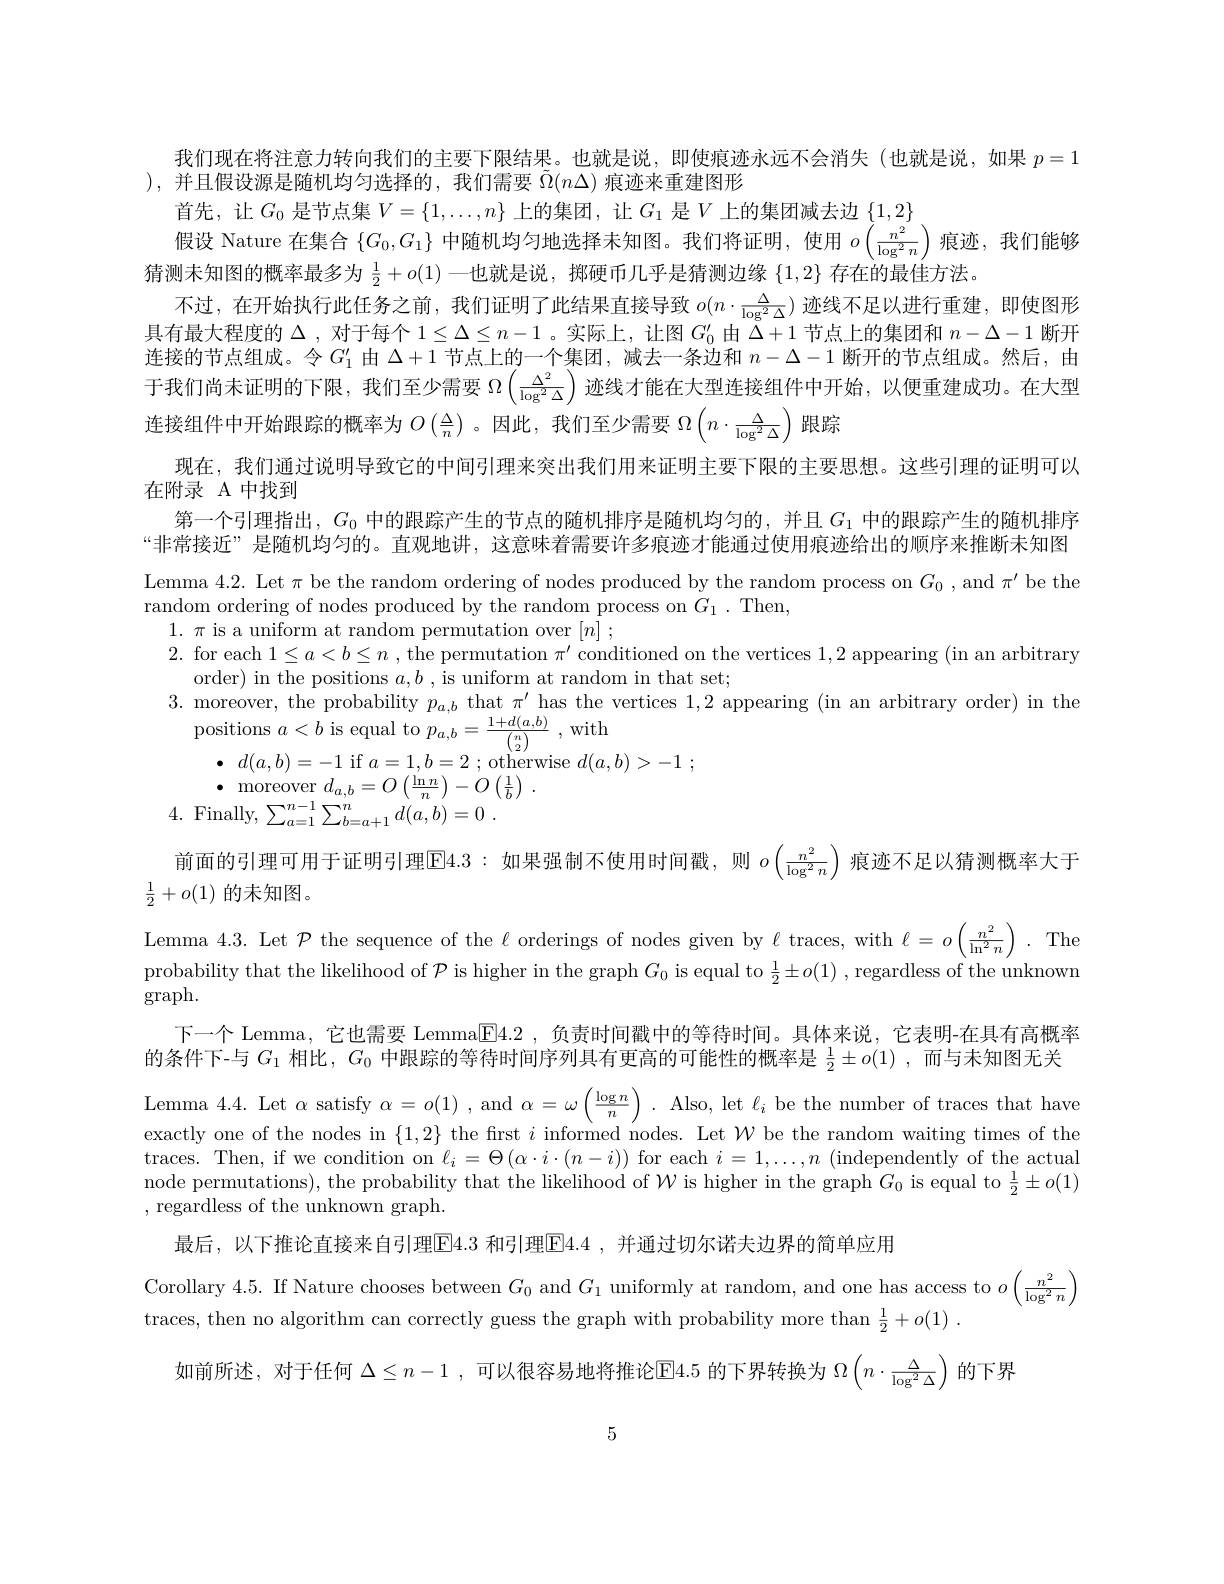
首先，让$G_0$是节点集$V=\{1,\ldots,n\}$上的集团，让$G_1$是$V$上的集团减去边$\{1,2\}$
<FigureHere>
猜测未知图的概率最多为$\frac12+o(1)$一也就是说，掷硬币几乎是猜测边缘$\{1,2\}$存在的最佳方法。

我们现在将注意力转向我们的主要下限结果。也就是说，即使痕迹永远不会消失(也就是说，如果$p=1$
),并且假设源是随机均匀选择的，我们需要$\tilde{\Omega}(n\Delta)$痕迹来重建图形
$\{G_0,G_1\}$
不过，在开始执行此任务之前，我们证明了此结果直接导致$o(n\cdot\frac\Delta{\log^2\Delta})$迹线不足以进行重建，即使图形具有最大程度的$\Delta$ ,对于每个$1\leq\Delta\leq n-1$ 。实际上，让图$G_0^{\prime}$由$\Delta+1$节点上的集团和$n-\Delta-1$断开连接的节点组成。令$G_1^\prime$由$\Delta+1$节点上的一个集团，减去一条边和 $n-\Delta-1$ 断开的节点组成。然后，由于我们尚未证明的下限，我们至少需要$\Omega\left(\frac{\Delta^2}{\log^2\Delta}\right)$迹线才能在大型连接组件中开始，以便重建成功。在大型连接组件中开始跟踪的概率为$O\left(\frac{\Delta}{n}\right)$。因此，我们至少需要 $\Omega\left(n\cdot\frac{\Delta}{\log^2\Delta}\right)$ 跟踪
现在，我们通过说明导致它的中间引理来突出我们用来证明主要下限的主要思想。这些引理的证明可以
在附录 A 中找到
第一个引理指出，$G_0$中的跟踪产生的节点的随机排序是随机均匀的，并且$G_1$中的跟踪产生的随机排序“非常接近”是随机均匀的。直观地讲，这意味着需要许多痕迹才能通过使用痕迹给出的顺序来推断未知图Lemma 4.2. Let $\pi$ be the random ordering of nodes produced by the random process on $G_0$, and $\pi^\prime$ be the random ordering of nodes produced by the random process on $G_1.$Then
$1.\pi$ is a uniform at random permutation over $[n];$
2. for each $1\leq a<b\leq n$ , the permutation $\pi^\prime$ conditioned on the vertices 1,2 appearing (in an arbitrary
order) in the positions $a,b$ , is uniform at random in that set;
3. moreover, the probability $p_{a,b}$ that $\pi^\prime$ has the vertices 1,2 appearing (in an arbitrary order) in the
$\begin{array}{c}{\mathrm{morcover,~onc~proouonnoy~}Pa,b~ornov~nonc~}\\{\mathrm{positions~}a<b~\mathrm{is~equal~to~}p_{a,b}=\frac{1+d(a,b)}{\binom{n}{2}}~,~\mathrm{with}}\\{\mathrm{mositions~}a<b~\mathrm{is~equal~to~}p_{a,b}=\frac{1+d(a,b)}{\binom{n}{2}}~,~\mathrm{with}}\\{\mathrm{mositions~}a<b~\mathrm{mequal~to~}p_{a,b}=\frac{1+d(a,b)}{\binom{n}{2}}~,~\mathrm{wi}}\end{array}$
$\begin{array}{ll}\bullet&d(a,b)=-1\text{ if }a=1,b=2\:;\text{otherwise }d(a,b)>-1\:;\\\bullet&\text{moreover }d_{a,b}=O\left(\frac{\ln n}{n}\right)-O\left(\frac{1}{b}\right)\:.\end{array}$
4. Finally,$\sum _a= 1^{n- 1}\sum _{b= a+ 1}^{n}d( a, b) = 0$ .

前面的引理可用于证明引理$\boxed{\mathrm{E}}4.3:$如果强制不使用时间戳，则$o\left(\frac{n^2}{\log^2n}\right)$痕迹不足以猜测概率大于

Lemma 4.3. Let $\mathcal{P}$ the sequence of the $\ell$ orderings of nodes given by $\ell$ traces, with $\ell=o\left(\frac{n^2}{\ln^2n}\right).$ The

$\frac{1}{2}+o(1)$的未知图。
probability that the likelihood of $\mathcal{P}$ is higher in the graph $G_0$ is equal to $\frac12\pm o(1)$ , regardless of the unknown
$\operatorname{graph}.$
下一个 Lemma, 它也需要 Lemma$\boxed{4.2}$,负责时间戳中的等待时间。具体来说，它表明-在具有高概率的条件下-与$G_1$相比，$G_0$中跟踪的等待时间序列具有更高的可能性的概率是$\frac12\pm o(1)$,而与未知图无关Lemma 4.4. Let $\alpha$ satisfy $\alpha=o(1)$ , and $\alpha=\omega\left(\frac{\log n}{n}\right).$ Also, let $\ell_i$ be the number of traces that have exactly one of the nodes in $\{1,2\}$ the frst $i$ informed nodes. Let $\mathcal{W}$ be the random waiting times of the traces. Then, if we condition on $\ell_i=\Theta\left(\alpha\cdot i\cdot(n-i)\right)$ for each $i=1,\ldots,n$ (independently of the actual node permutations), the probability that the likelihood of $\mathcal{W}$ is higher in the graph $G_0$ is equal to $\frac12\pm o(1)$ ,regardless of the unknown graph.
最后，以下推论直接来自引理$\boxed{\mathrm{E}}4.3$ 和引理$\boxed{\mathrm{F}}4.4$, 并通过切尔诺夫边界的简单应用
Corollary 4.5. If Nature chooses between $G_0$ and $G_1$ uniformly at random, and one has access to $o\left(\frac{n^2}{\log^2n}\right)$
traces, then no algorithm can correctly guess the graph with probability more than $\frac 12+ o( 1)$ .
如前所述，对于任何$\Delta\leq n-1$ ,可以很容易地将推论E4.5 的下界转换为$\Omega\left(n\cdot\frac{\Delta}{\log^2\Delta}\right)$的下界

5